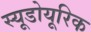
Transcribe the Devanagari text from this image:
स्यूडोयूरिक